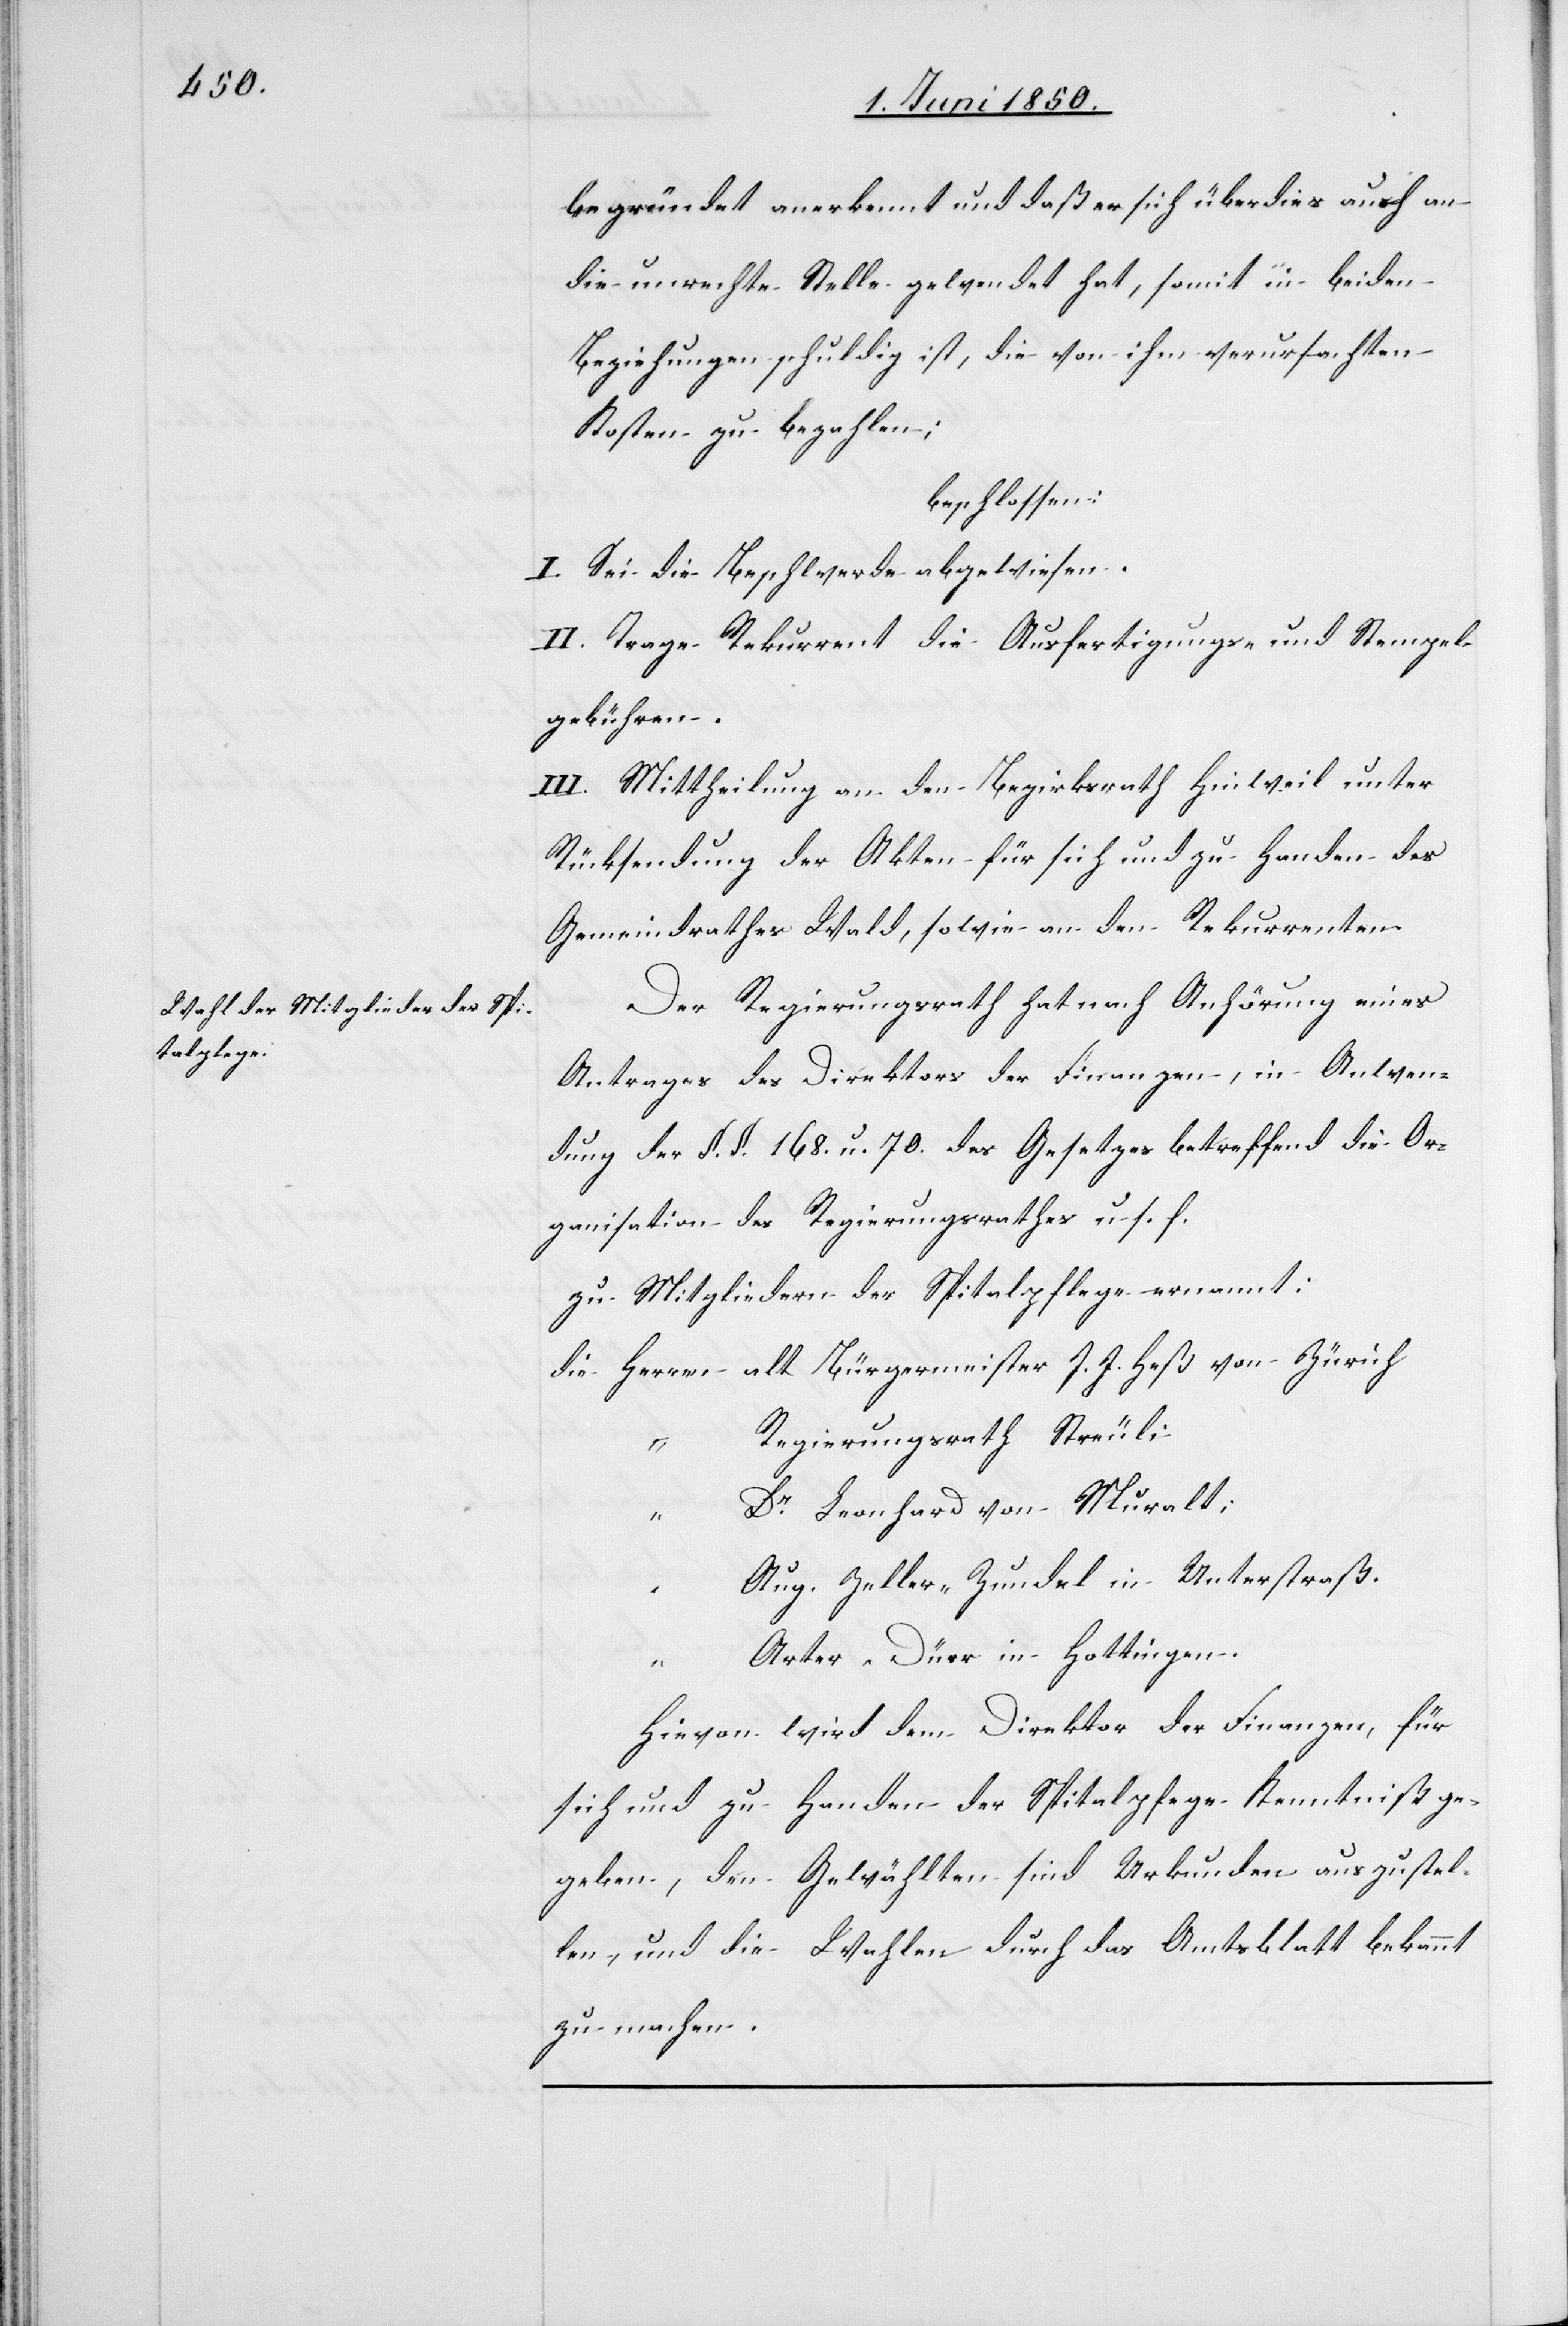
begründet anerkennt und daß er sich überdies auch an
die unrechte Stelle gewendet hat, somit in beiden
Beziehungen schuldig ist, die von ihm verursachten
Kosten zu bezahlen;
beschlossen:
I. Sei die Beschwerde abgewiesen.
II. Trage Rekurrent die Ausfertigungs- und Stempel¬
gebühren.
III. Mittheilung an den Bezirksrath Hinweil unter
Rücksendung der Akten für sich und zu Handen des
Gemeindrathes Wald, sowie an den Rekurrenten.
Der Regierungsrath hat nach Anhörung eines
Antrages des Direktors der Finanzen, in Anwen¬
dung der §. §. 168. u. 70. des Gesetzes betreffend die Or¬
ganisation des Regierungsrathes u. s. f.
zu Mitgliedern der Spitalpflege ernannt:
die Herren	alt Bürgermeister J. J. Heß von Zürich
egierungsrath Streuli
“
Leonhard von Muralt;
“		R¬
“		Aug. Zeller-Zundel in Unterstraß.
“		Arter-Dürr in Hottingen.
Hievon wird dem Direktor der Finanzen, für
sich und zu Handen der Spitalpflege Kenntniß ge¬
geben, den Gewählten sind Urkunden auszustel¬
len, und die Wahlen durch das Amtsblatt bekannt
zu machen.